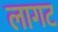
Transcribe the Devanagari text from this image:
लागट